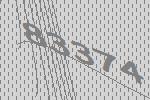
83374